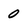
Character: 0